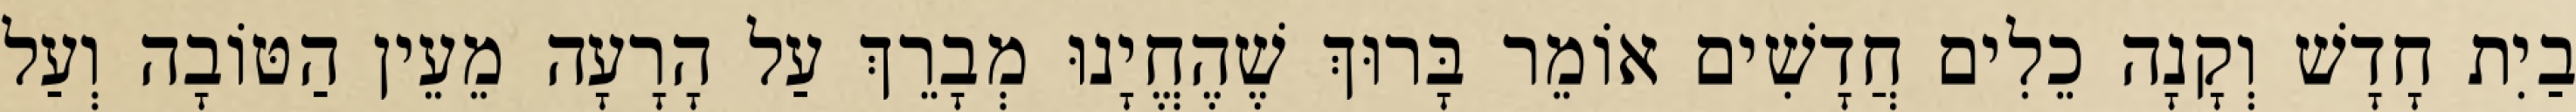
בַיִת חָדָשׁ וְקָנָה כֵלִים חֲדָשִׁים אוֹמֵר בָּרוּךְ שֶׁהֶחֱיָנוּ מְבָרֵךְ עַל הָרָעָה מֵעֵין הַטּוֹבָה וְעַל